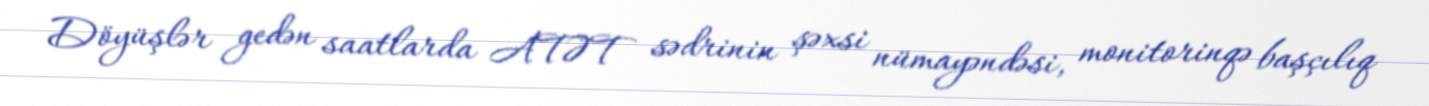
Döyüşlər gedən saatlarda ATƏT sədrinin şəxsi nümayəndəsi, monitorinqə başçılıq